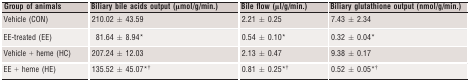
<table><thead><tr><td><b>Group of animals</b></td><td><b>Biliary bile acids output (μmol/g/min.)</b></td><td><b>Bile flow (μl/g/min.)</b></td><td><b>Biliary glutathione output (nmol/g/min.)</b></td></tr></thead><tbody><tr><td>Vehicle (CON)</td><td>210.02 ± 43.59</td><td>2.21 ± 0.25</td><td>7.43 ± 2.34</td></tr><tr><td>EE-treated (EE)</td><td>81.64 ± 8.94*</td><td>0.54 ± 0.10*</td><td>0.32 ± 0.04*</td></tr><tr><td>Vehicle + heme (HC)</td><td>207.24 ± 12.03</td><td>2.13 ± 0.47</td><td>9.38 ± 0.17</td></tr><tr><td>EE + heme (HE)</td><td>135.52 ± 45.07*†</td><td>0.81 ± 0.25*†</td><td>0.52 ± 0.05*†</td></tr></tbody></table>